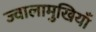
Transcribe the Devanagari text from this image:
ज्वालामुखियाँ